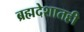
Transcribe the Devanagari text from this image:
ब्रह्मदेशातही